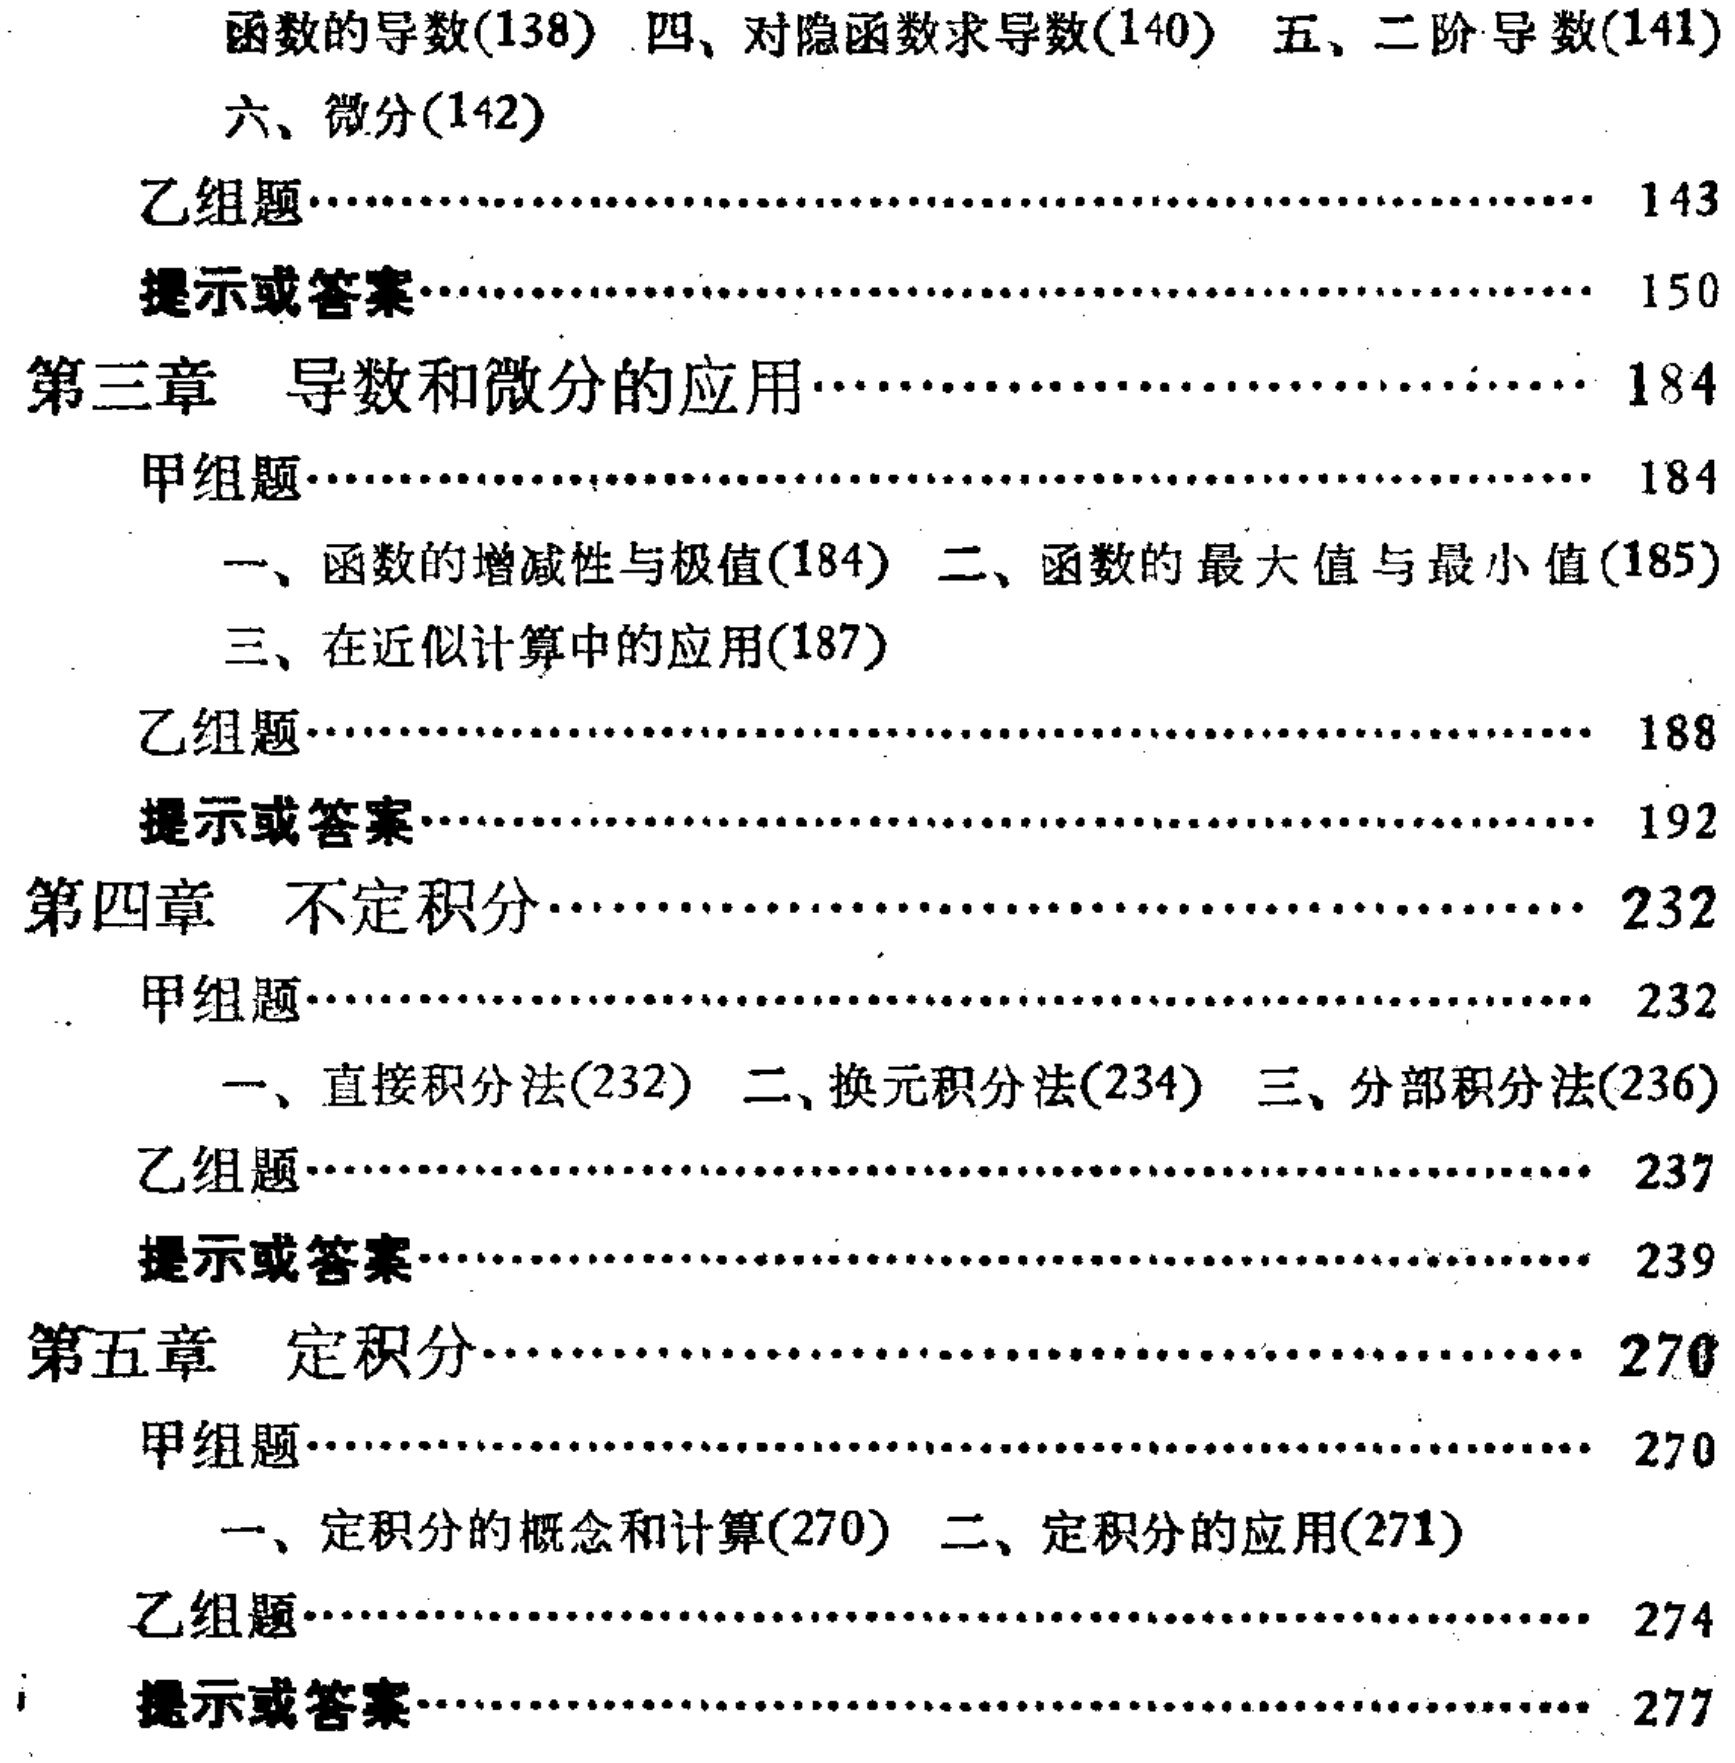
函数的导数(138) 四、对隐函数求导数(140) 五、二阶导数(141)

六、微分(142)

乙组题……………………………………………… 143

提示或答案………………………………………… 150

第三章 导数和微分的应用………………………… 184

甲组题……………………………………………… 184

一、函数的增减性与极值(184) 二、函数的最大值与最小值(185)

三、在近似计算中的应用(187)

乙组题……………………………………………… 188

提示或答案………………………………………… 192

第四章 不定积分…………………………………… 232

甲组题……………………………………………… 232

一、直接积分法(232) 二、换元积分法(234) 三、分部积分法(236)

乙组题……………………………………………… 237

提示或答案………………………………………… 239

第五章 定积分……………………………………… 270

甲组题……………………………………………… 270

一、定积分的概念和计算(270) 二、定积分的应用(271)

乙组题……………………………………………… 274

提示或答案………………………………………… 277